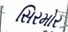
સિરમોર